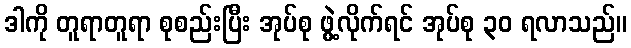
ဒါကို တူရာတူရာ စုစည်းပြီး အုပ်စု ဖွဲ့လိုက်ရင် အုပ်စု ၃၀ ရလာသည်။